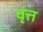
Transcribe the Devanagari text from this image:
वृंत्त